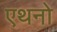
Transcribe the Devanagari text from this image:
एथनो